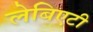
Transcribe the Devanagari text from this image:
लेबिएटी